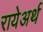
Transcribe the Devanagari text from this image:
रायेअर्थ